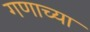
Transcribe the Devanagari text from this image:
गणाच्या